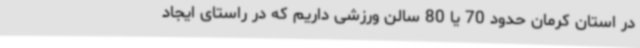
در استان کرمان حدود 70 یا 80 سالن ورزشی داریم که در راستای ایجاد